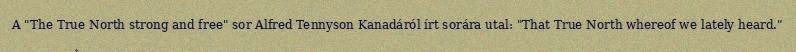
A "The True North strong and free" sor Alfred Tennyson Kanadáról írt sorára utal: "That True North whereof we lately heard."